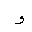
Letter: _waw